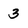
Character: 3